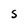
Character: S